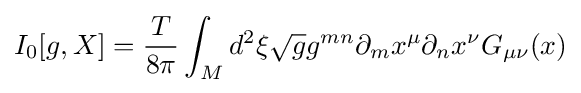
I_{0}[g,X]={\frac {T}{8\pi }}\int _{M}d^{2}\xi {\sqrt {g}}g^{mn}\partial _{m}x^{\mu }\partial _{n}x^{\nu }G_{\mu \nu }(x)